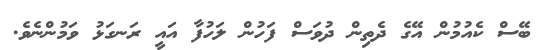
ބޭސް ކެއުމުން އޭގެ ދެތިން ދުވަސް ފަހުން ލަހުފާ އައީ ރަނގަޅު ވަމުންނެވެ.